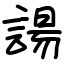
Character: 諹